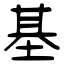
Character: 基